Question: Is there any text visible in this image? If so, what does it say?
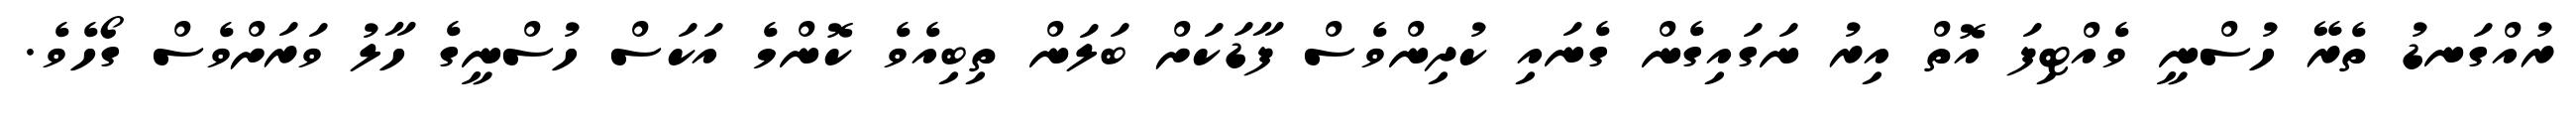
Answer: ރުއްގަނޑު ތެރޭ ހުސްނީ ވެއްޓިފަ އޮތް އިރު ނަގައިގެން ގެނައި ކުދިންވެސް ފާޑަކަށް ބަލަން ތިބިއެވެ ކޮންމެ އަކަސް ހުސްނީގެ ހާލު ވަރަށްވެސް ގޯހެވެ.